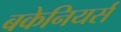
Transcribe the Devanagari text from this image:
बकेनियर्स